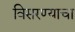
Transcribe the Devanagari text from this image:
विसरण्याचा